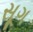
સૂગ